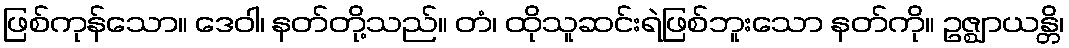
ဖြစ်ကုန်သော။ ဒေဝါ၊ နတ်တို့သည်။ တံ၊ ထိုသူဆင်းရဲဖြစ်ဘူးသော နတ်ကို။ ဥဇ္ဈာယန္တိ၊